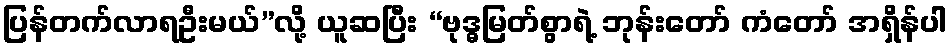
ပြန်တက်လာရဦးမယ်”လို့ ယူဆပြီး “ဗုဒ္ဓမြတ်စွာရဲ့ ဘုန်းတော် ကံတော် အရှိန်ပါ